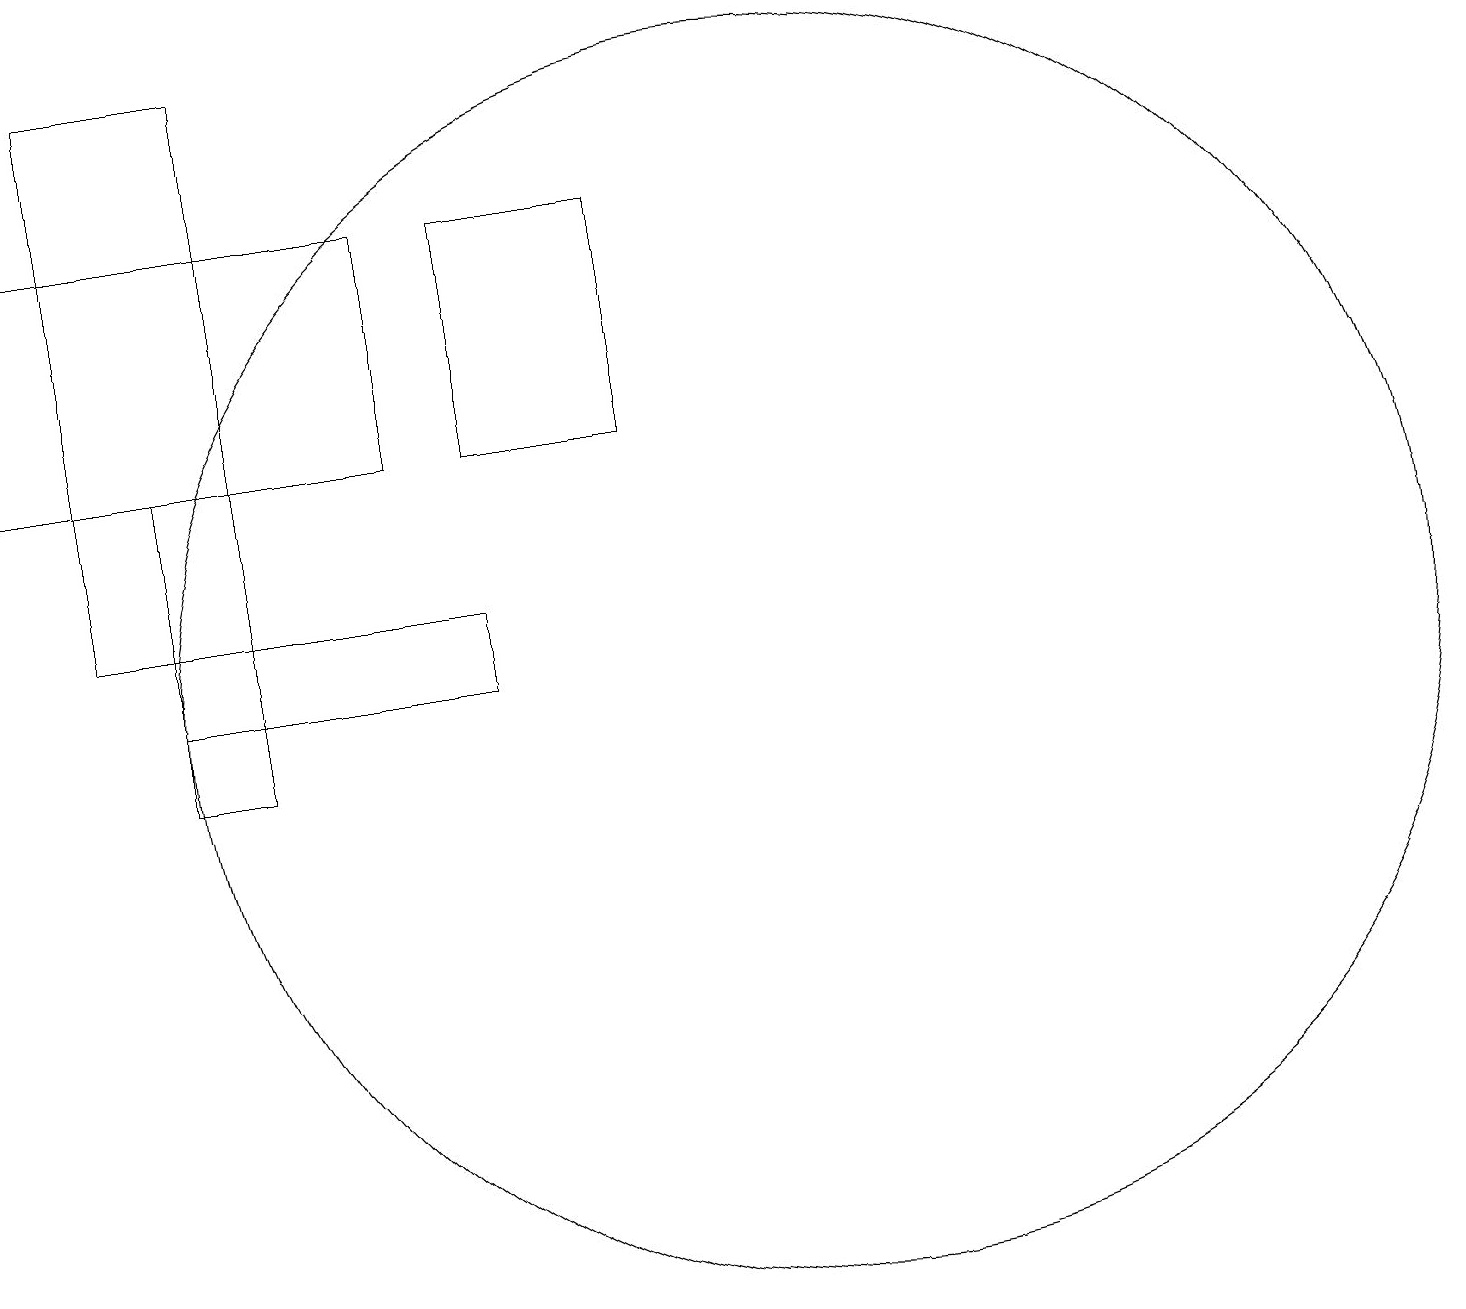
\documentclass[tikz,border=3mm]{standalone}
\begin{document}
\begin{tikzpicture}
\draw (11,11) circle (8);
\draw (1,14) rectangle (6,17);
\draw (9,14) rectangle (7,17);
\draw (2,19) rectangle (4,12);
\draw (4,14) rectangle (3,10);
\draw (3,12) rectangle (7,11);
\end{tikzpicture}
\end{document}